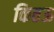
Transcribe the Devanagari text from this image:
कितऊ